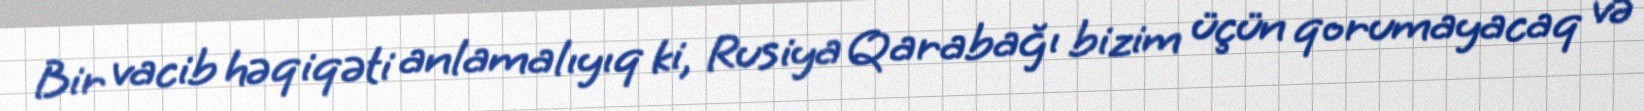
Bir vacib həqiqəti anlamalıyıq ki, Rusiya Qarabağı bizim üçün qorumayacaq və